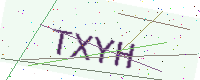
Text: TXYH